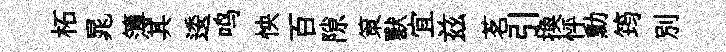
柘晁簿其逶鸣怏百隙策獸宜兹茗引换怦勳筠别